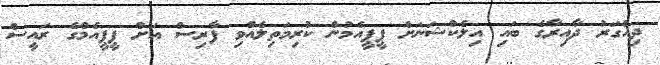
ދިއްގަރު ދާއިރާގެ ބައި އިލެކްޝަނަށް ޕީޕީއެމުން ކުރިމަތިލެއްވި ފާރިސް އަށް ޕީޕީއެމްގެ ރައީސް